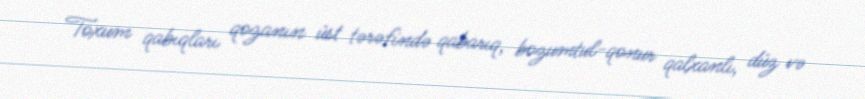
Toxum qabıqları qozanın üst tərəfində qabarıq, bozumtul-qonur qalxanlı, düz və